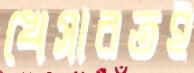
খেসারতই